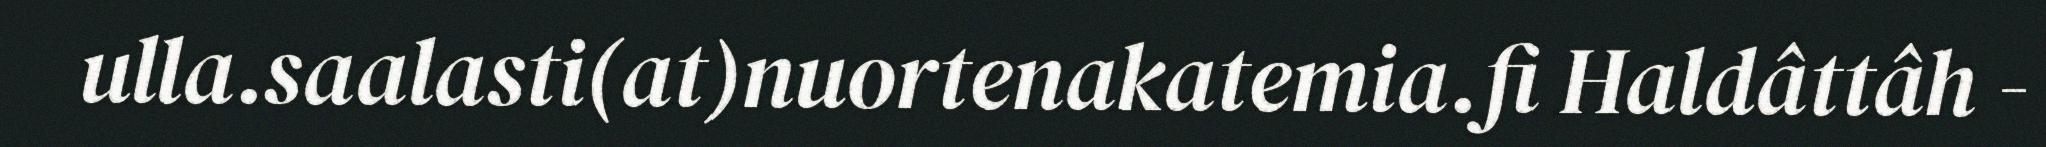
ulla.saalasti(at)nuortenakatemia.fi Haldâttâh -